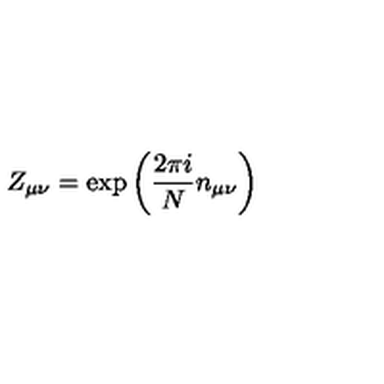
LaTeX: Z _ { \mu \nu } = \exp \left( \frac { 2 \pi i } { N } n _ { \mu \nu } \right)